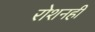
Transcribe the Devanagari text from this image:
रोशनही